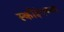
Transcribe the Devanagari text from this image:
स्कीइंगच्या